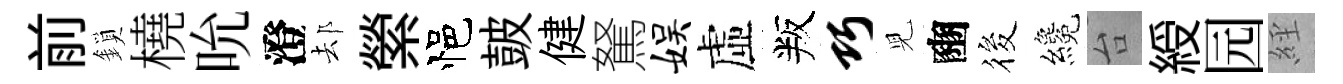
前鎖橈吮澄𨚫縈悒皷健駑娱虛叛巧児豳筱纔台綬园𦀇